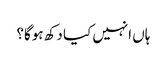
ہاں انہیں کیا دکھ ہوگا؟